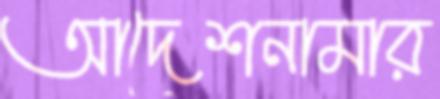
আদেশনামার